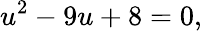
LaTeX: u^{2}-9u+8=0,